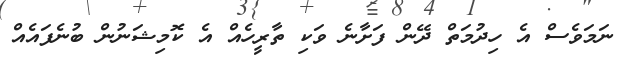
ނަމަވެސް އެ ހިދުމަތް ދޭން ފަށާނެ ވަކި ތާރީހެއް އެ ކޮމިޝަނުން ބުނެފައެއް